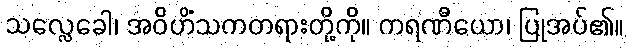
သလ္လေခေါ၊ အဝိဟိံသကတရားတို့ကို။ ကရဏီယော၊ ပြုအပ်၏။